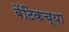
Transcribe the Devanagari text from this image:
बेंटिकच्या